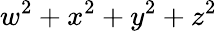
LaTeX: w^{2}+x^{2}+y^{2}+z^{2}